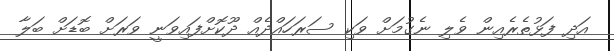
އަދި ފަޅުތެރެއިން ވެލި ނެގުމަށް ވަކި ސަރަހައްދެއް ދޫކޮށްފައިވަނީ ވަރަށް ބޮޑަށް ބަލާ